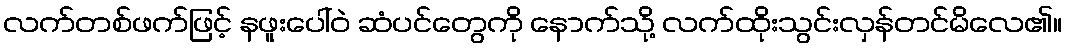
လက်တစ်ဖက်ဖြင့် နဖူးပေါ်ဝဲ ဆံပင်တွေကို နောက်သို့ လက်ထိုးသွင်းလှန်တင်မိလေ၏။